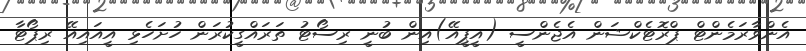
އެންވާރަމެންޓް ޕްރޮޓެކްޝަން އެޖެންސީ (އީޕީއޭ)އިން ބުނީ ރިސޯޓު ތަރައްގީކުރަން ހުށަހެޅި އީއައިއޭ ރިޕޯޓާ